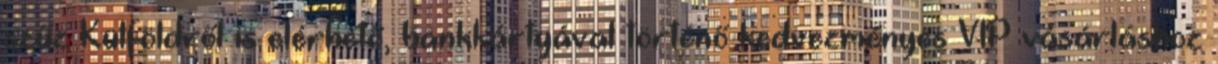
szűz Külföldről is elérhető, bankkártyával történő kedvezményes VIP vásárláshoz